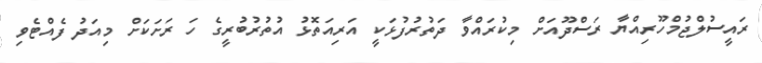
ރައީސުލްޖުމްހޫރިއްޔާ ރަސްދޫއަށް މިކުރައްވާ ދަތުރުފުޅަކީ އަރިއަތޮޅު އުތުރުބުރީގެ ހަ ރަށަކަށް މިއަދު ފެއްޓެވި